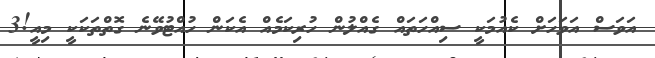
އަވަސް އަވަހަށް ކެއުމަކީ ސިއްހަތައް ގެއްލުން ހުރިކަމެއް އެކަން ހުއްޓުވޭނެ ގޮތްތަކަކީ މިއީ!3